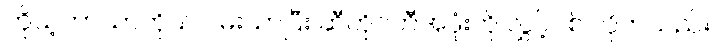
ကိုယ့်ဘာသာကိုယ် ဝမ်းသာပြီး ဆီတိုင်ကီအဖုံးကို လွှင့်ပစ် လိုက်သည်။